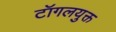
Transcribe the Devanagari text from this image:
टॉगलयुक्त